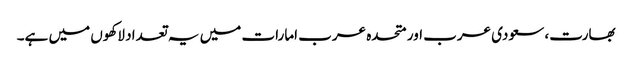
بھارت، سعودی عرب اور متحدہ عرب امارات میں یہ تعداد لاکھوں میں ہے۔